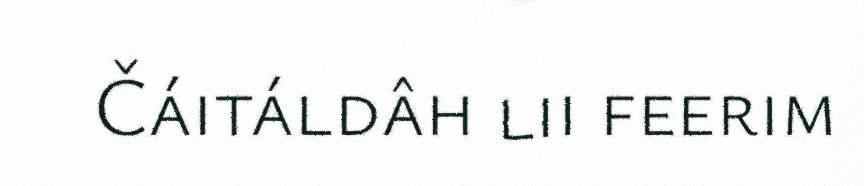
Čáitáldâh lii feerim